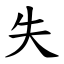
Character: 失